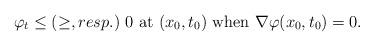
LaTeX: \begin{align*}\varphi_t\le (\ge, resp.)\ 0 \mbox{ at }(x_0,t_0)\mbox{ when }\nabla \varphi(x_0,t_0)= 0.\end{align*}